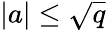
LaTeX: |a|\leq{\sqrt{q}}